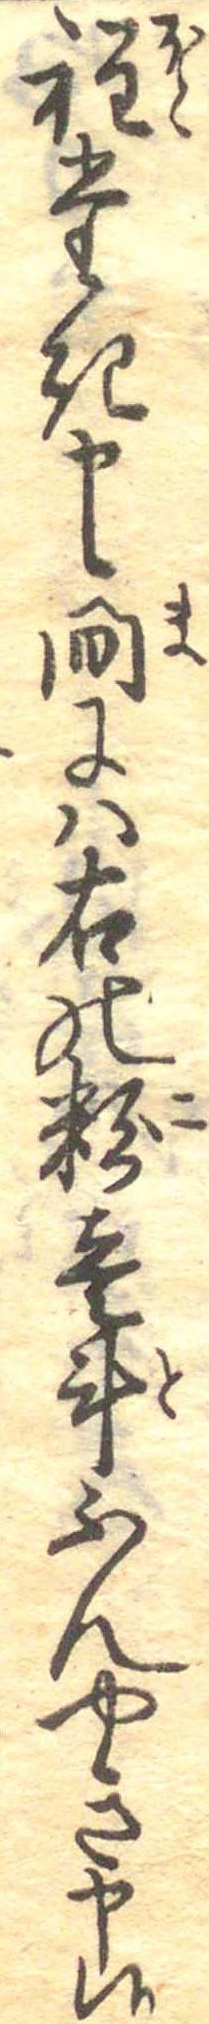
程たき申候間には右の粉壱斗ふんやき申候